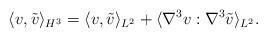
LaTeX: \begin{align*} \langle v, \tilde v\rangle_{H^3} = \langle v,\tilde v\rangle_{L^2} + \langle \nabla^3 v : \nabla^3 \tilde v\rangle_{L^2}.\end{align*}